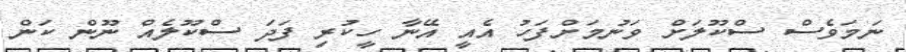
ނަމަވެސް ސްކޫލަށް ވަނުމަށްފަހު އެއީ އޭނާ ހީކުރި ފަދަ ސްކޫލެއް ނޫން ކަން